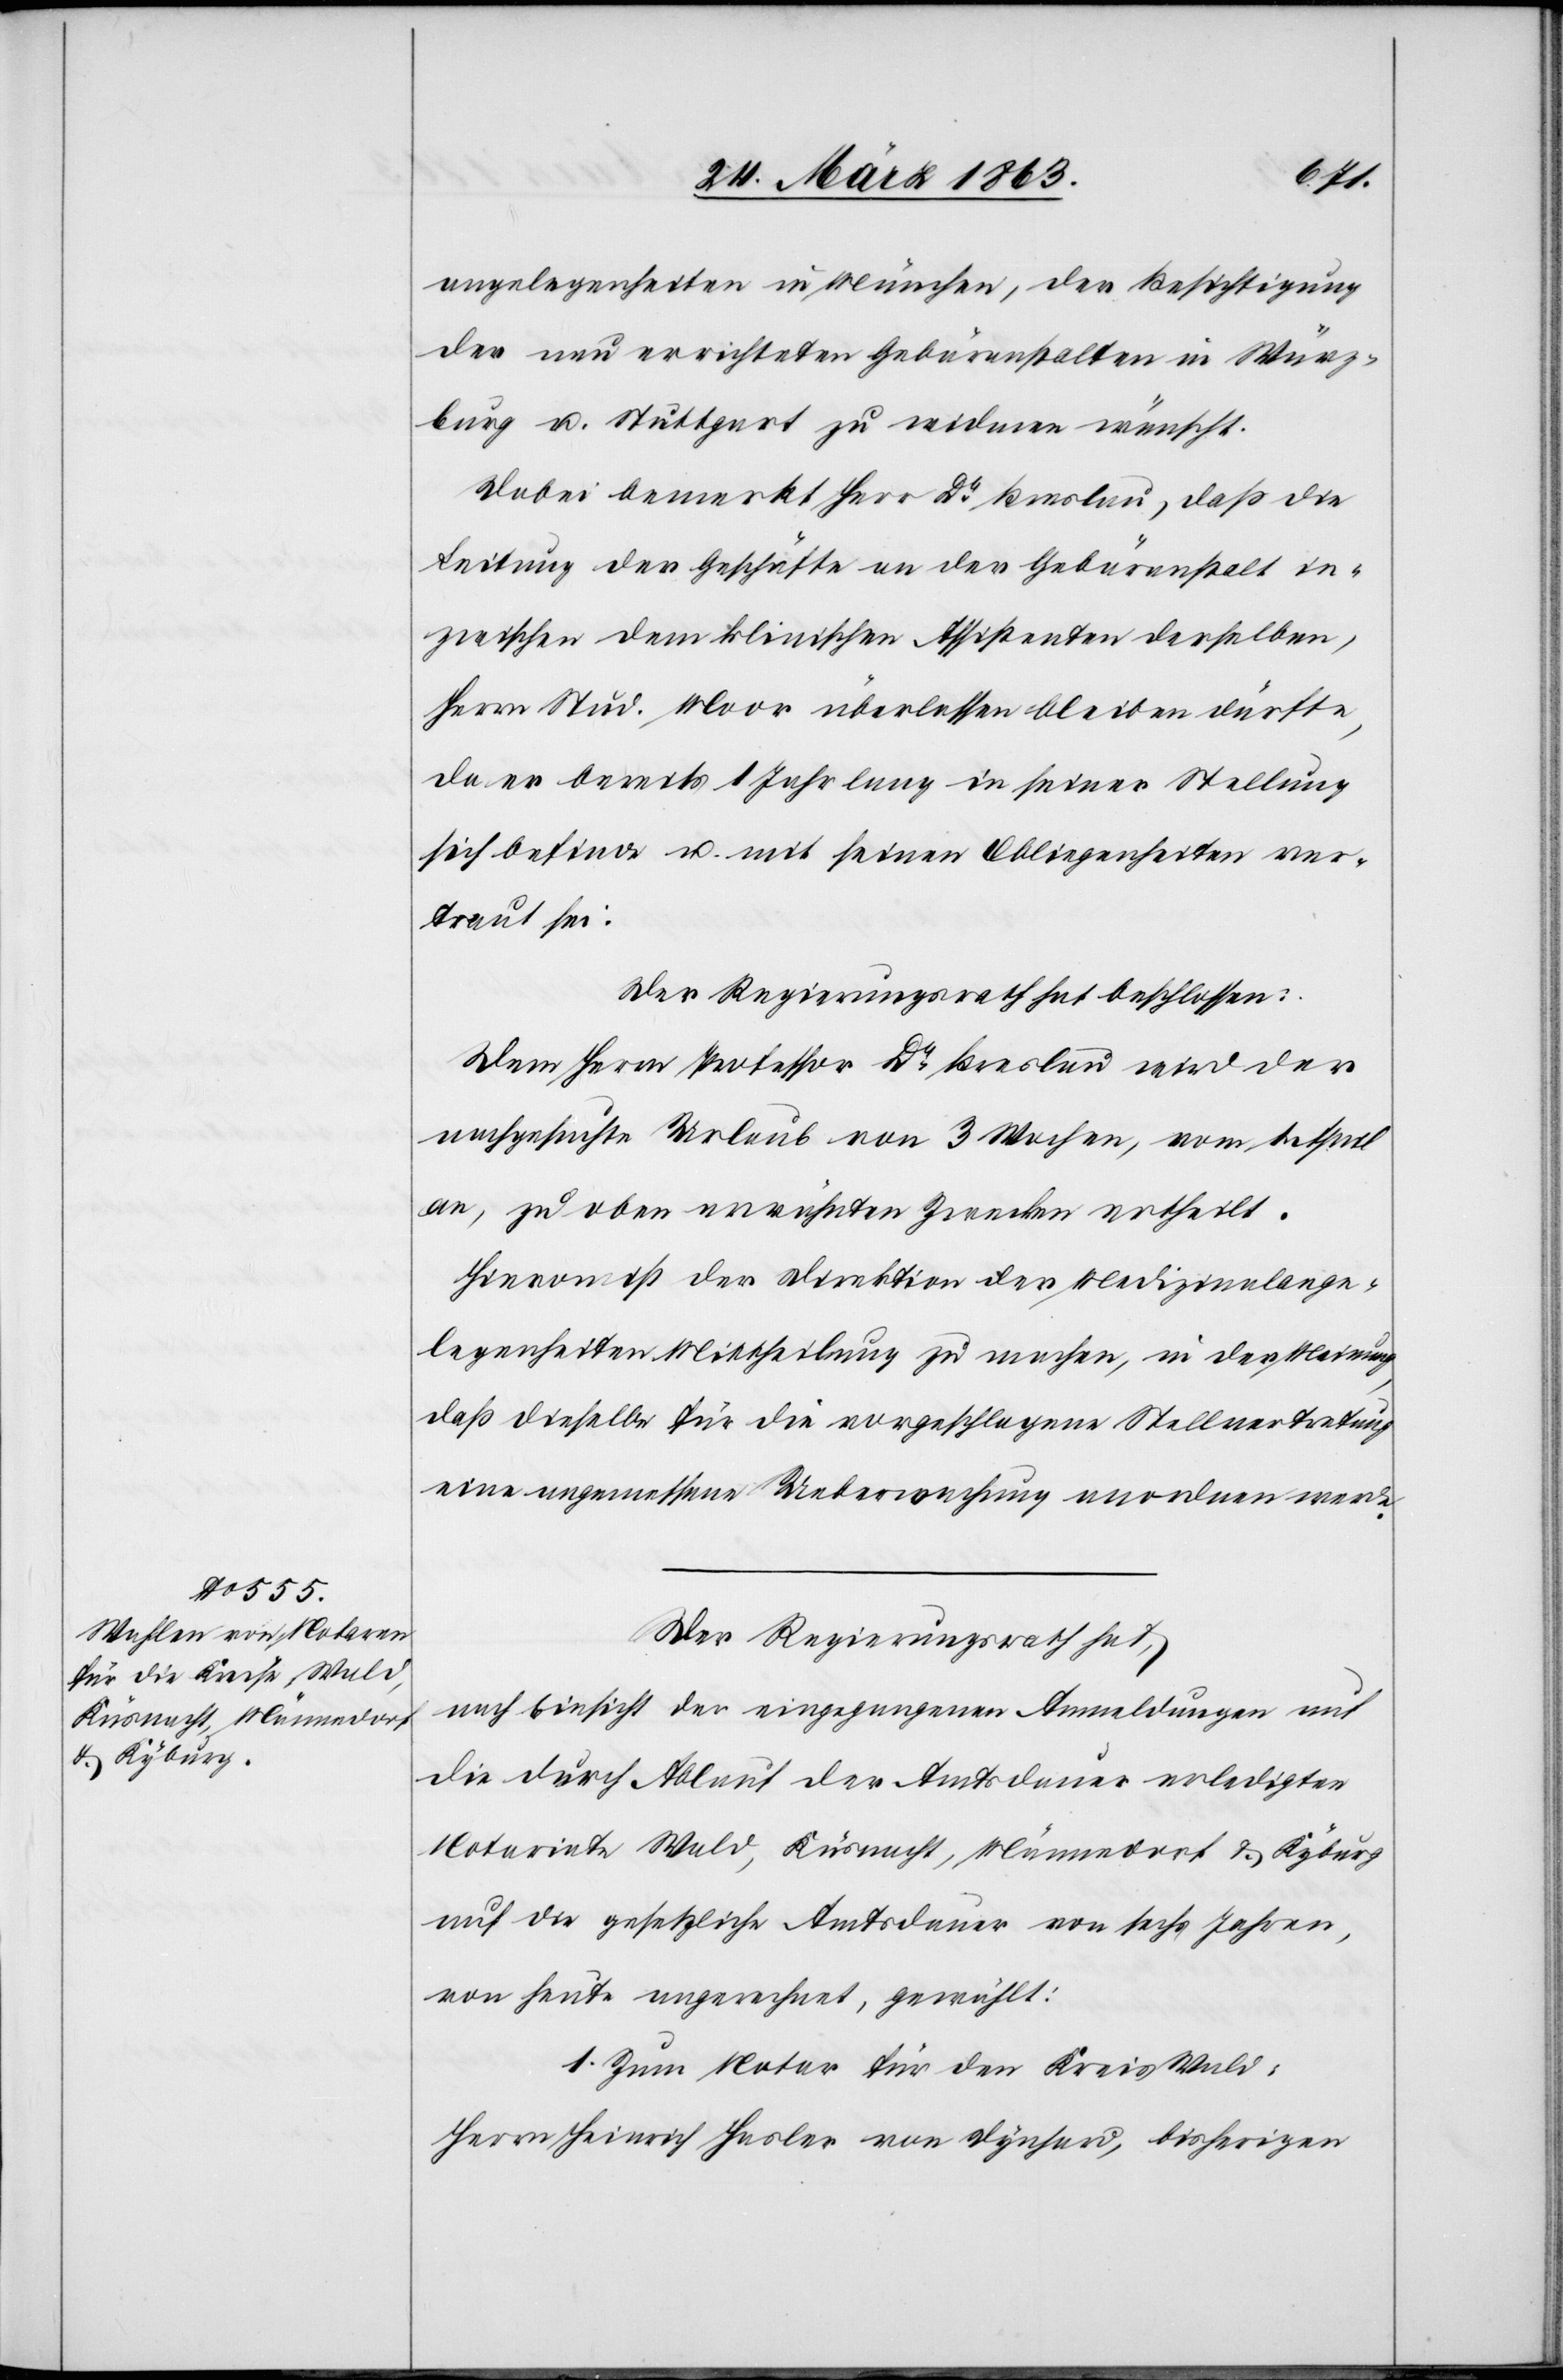
angelegenheiten in München, der Besichtigung
der neu errichteten Gebäranstalten in Würz¬
burg u. Stuttgart zu widmen wünscht.
Dabei bemerkt Herr Dr Breslau, daß die
Leitung der Geschäfte an der Gebäranstalt in¬
zwischen dem klinischen Assistenten derselben,
Herrn Stud. Moor überlassen bleiben dürfte,
da er bereits 1 Jahr lang in seiner Stellung
sich befinde u. mit seinen Obliegenheiten ver¬
traut sei.
Der Regierungsrath hat beschlossen:
Dem Herrn Professor Dr Breslau wird der
nachgesuchte Urlaub von 3 Wochen, vom 1. April
an, zu oben erwähnten Zwecken ertheilt.
Hievon ist der Direktion der Medizinalange¬
legenheiten Mittheilung zu machen, in der Meinung,
daß dieselbe für die vorgeschlagene Stellvertretung
eine angemessene Ueberwachung anordnen werde.
Der Regierungsrath hat,
nach Einsicht der eingegangenen Anmeldungen auf
die durch Ablauf der Amtsdauer erledigten
Notariate Wald, Küsnacht, Männedorf & Kyburg
auf die gesetzliche Amtsdauer von sechs Jahren,
von heute angerechnet, gewählt:
1. Zum Notar für den Kreis Wald:
Herrn Heinrich Hasler von Dynhard, bisherigen